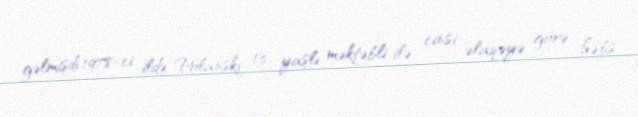
gəlmişdi.1978-ci ildə Polanski 13 yaşlı məktəbli ilə cinsi əlaqəyə görə həbs